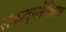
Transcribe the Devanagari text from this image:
संकल्पनेशिवाय